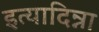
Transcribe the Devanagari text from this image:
इत्यादिन्ना